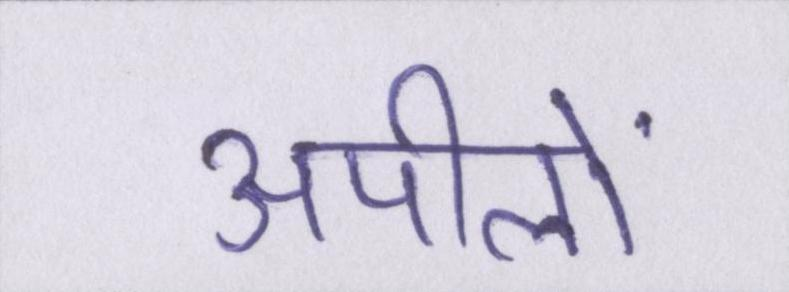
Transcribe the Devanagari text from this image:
अपीलों